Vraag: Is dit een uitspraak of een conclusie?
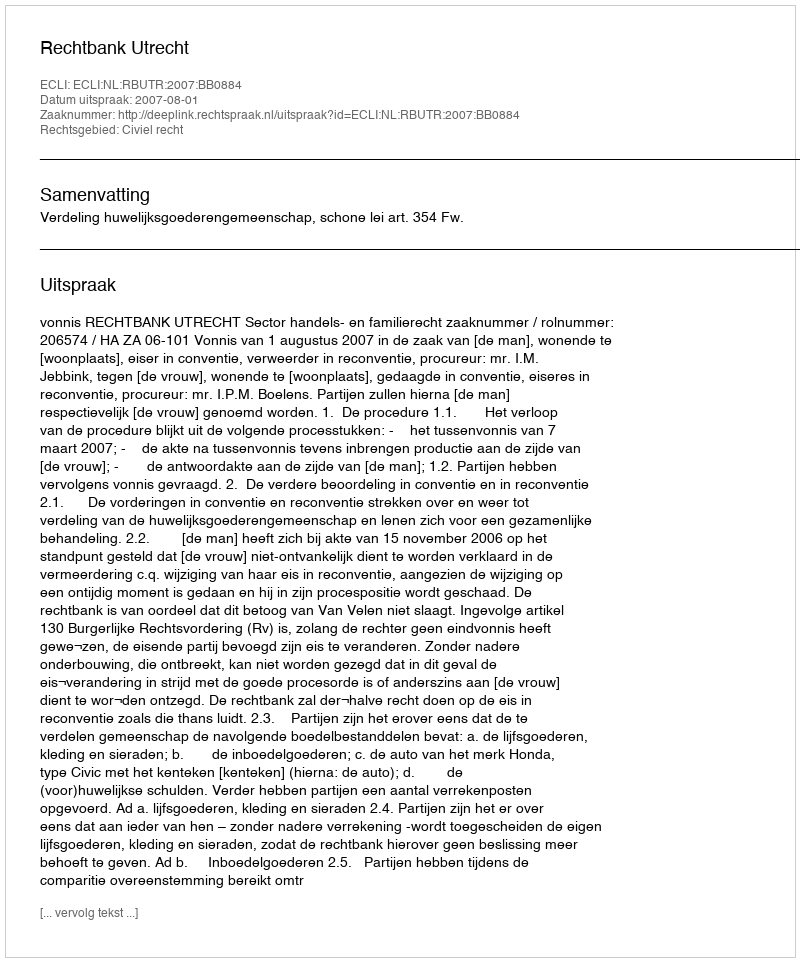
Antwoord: Uitspraak